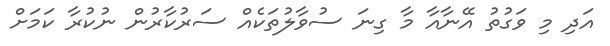
އަދި މި ވަގުތު އޭނާއާ މާ ގިނަ ސުވާލުތަކެއް ސަރުކާރުން ނުކުރާ ކަމަށް